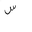
Letter: _sin